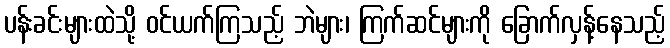
ပန်းခင်းများထဲသို့ ဝင်ယက်ကြသည့် ဘဲများ၊ ကြက်ဆင်များကို ခြောက်လှန့်နေသည့်